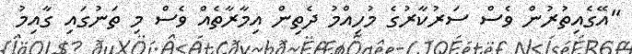
"އޭގެއިތުރުން ވެސް ސަރުކާރުގެ މުހިއްމު ދެތިން އިމާރާތެއް ވެސް މި ތަނުގައި ގާއިމު